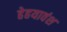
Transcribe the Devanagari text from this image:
हेहयावंश